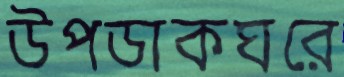
উপডাকঘরে